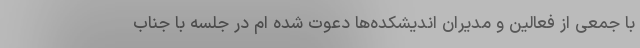
با جمعی از فعالین و مدیران اندیشکده‌ها دعوت شده ام در جلسه با جناب